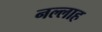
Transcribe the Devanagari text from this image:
नल्‍लाह